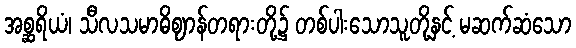
အစ္ဆရိယံ၊ သီလသမာဓိဈာန်တရားတို့၌ တစ်ပါးသောသူတို့နှင့် မဆက်ဆံသော